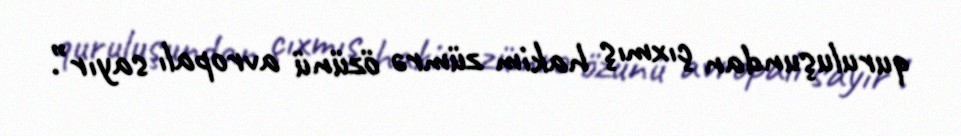
quruluşundan çıxmış hakim zümrə özünü avropalı sayır”.